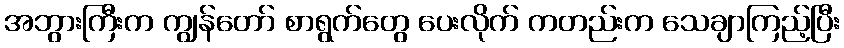
အဘွားကြီးက ကျွန်တော် စာရွက်တွေ ပေးလိုက် ကတည်းက သေချာကြည့်ပြီး